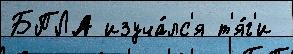
БПЛА изуча́лс'я т'я́г'и